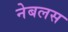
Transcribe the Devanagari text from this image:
नेबलस